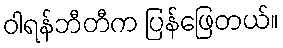
ဝါရန်ဘီတီက ပြန်ဖြေတယ်။